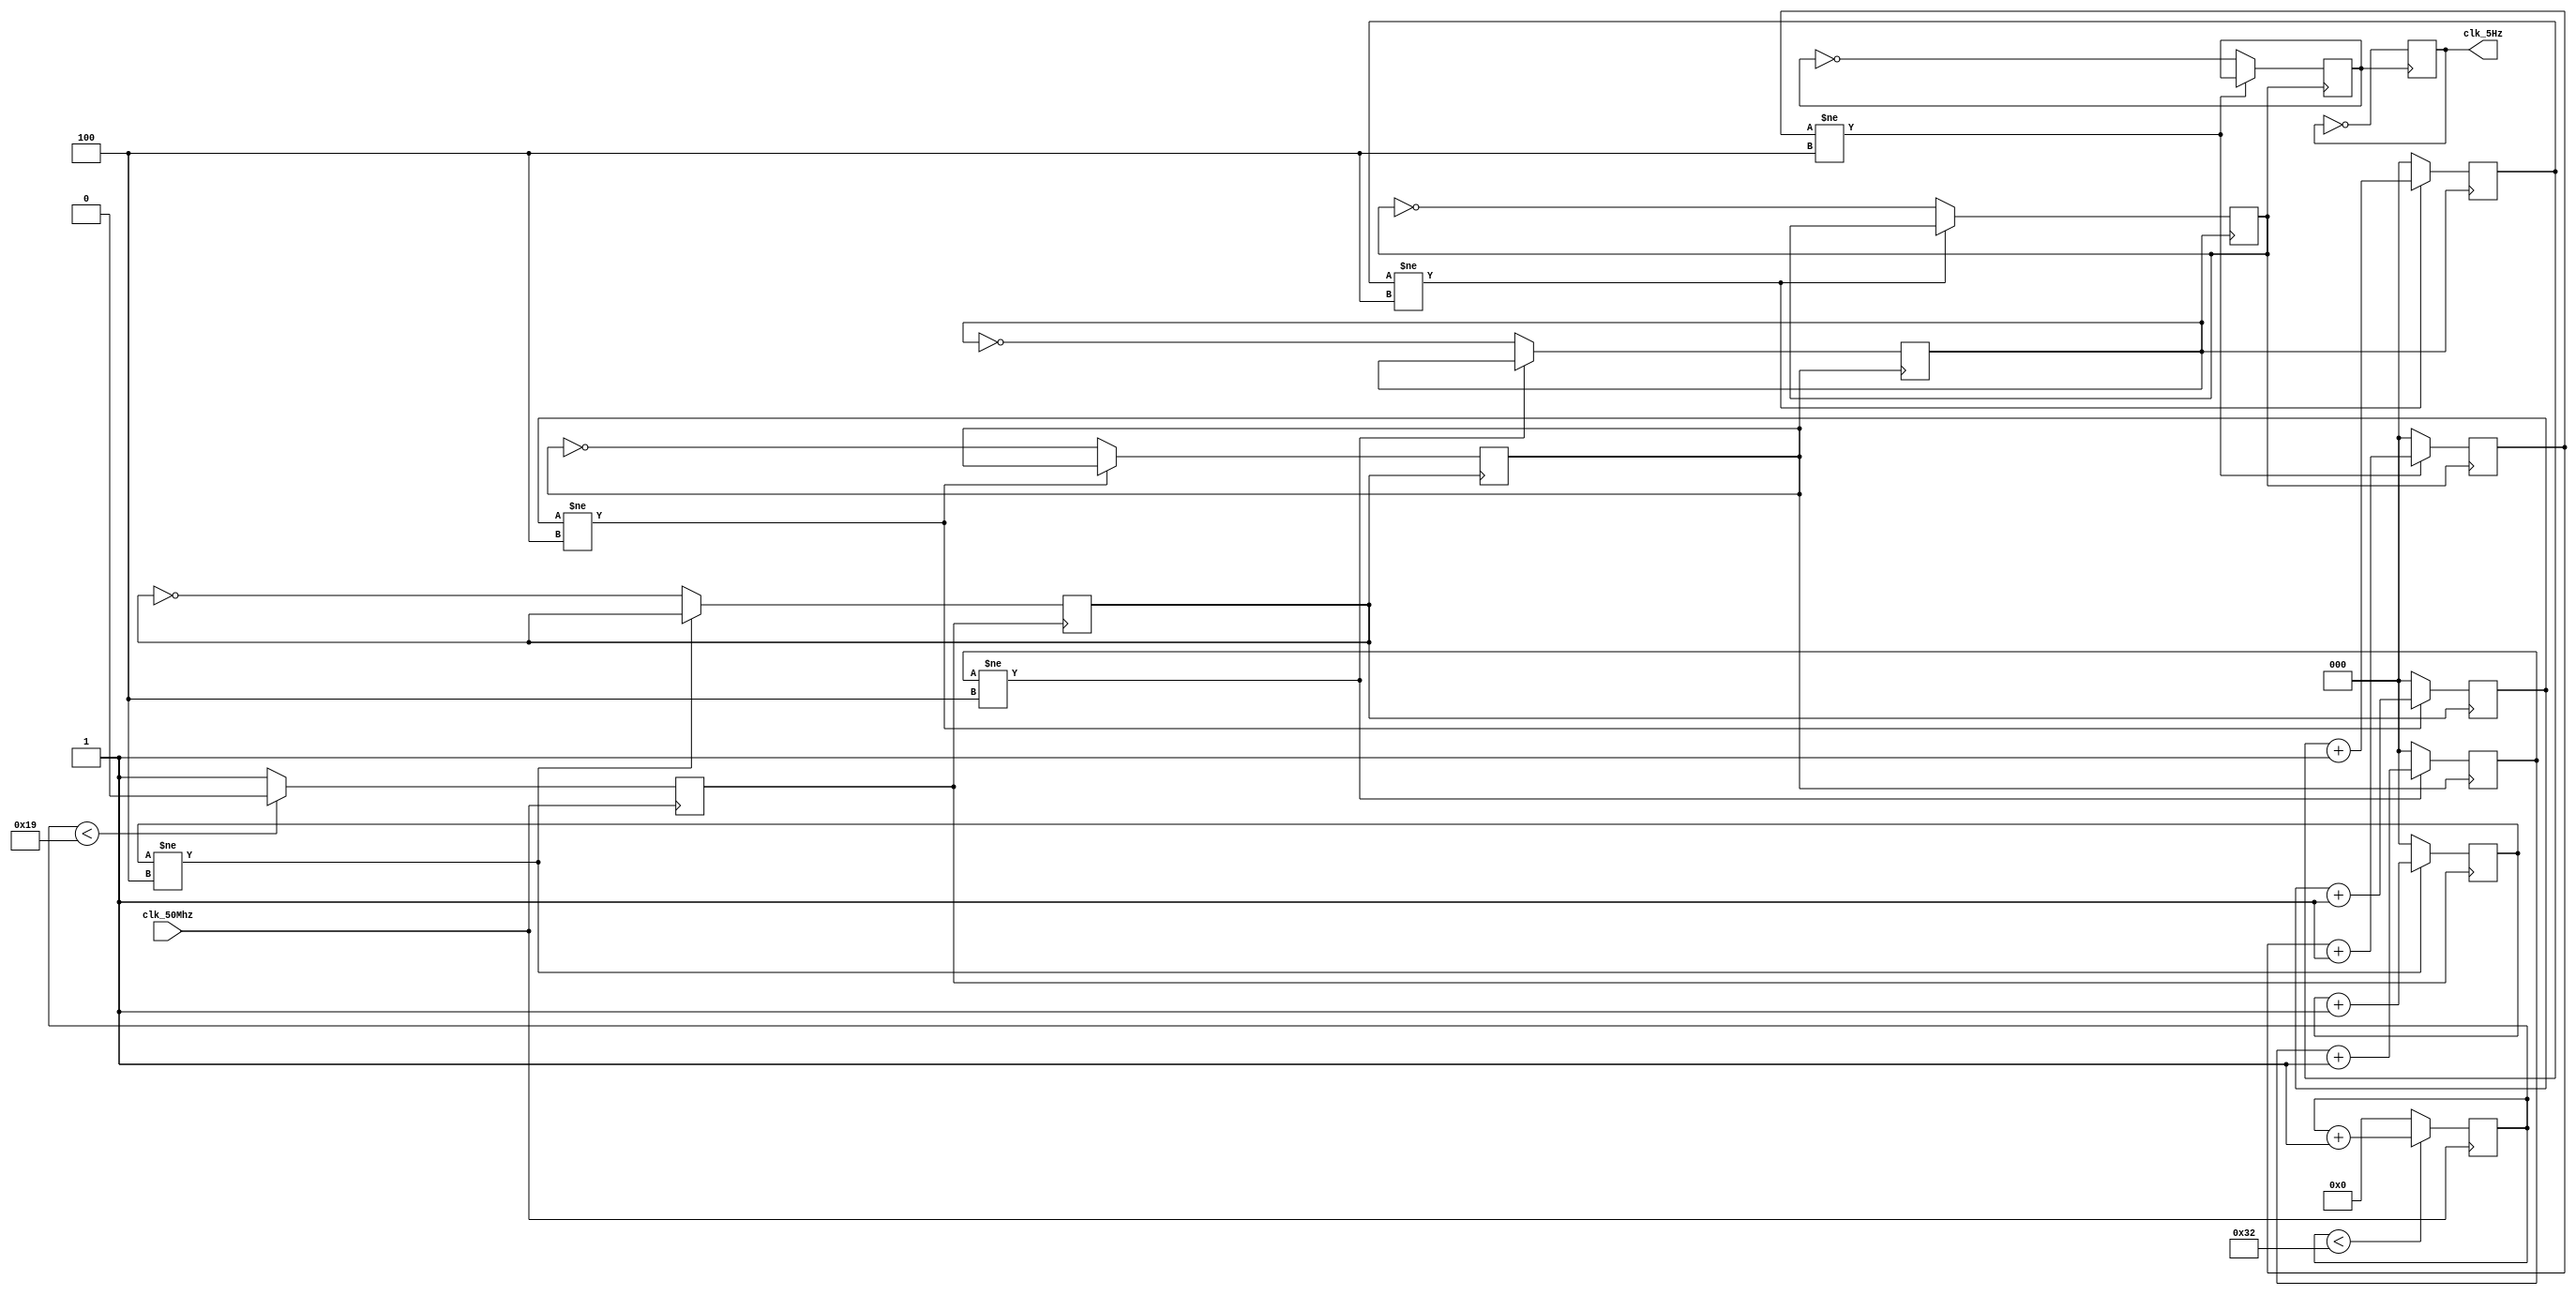
module clock_divide_module(clk_50Mhz, 
									//clk_10Mhz, 
									//clk_1Mhz, 
									//clk_100Khz, 
									//clk_10Khz, 
									//clk_1Khz//, 
									//clk_100Hz//, 
									//clk_10Hz, 
									clk_5Hz, 
									//clk_1Hz
									);
									
	input clk_50Mhz;
	//output clk_10Mhz;
 	//output clk_1Mhz;
	//output clk_100Khz;
 	//output clk_10Khz; 	
	//output clk_1Khz;
	//output clk_100Hz;
	//output clk_10Hz; 
	output clk_5Hz; 	
	//output clk_1Hz;
	
	//reg clk_10Mhz_int =0, 
	reg clk_1Mhz_int =0;
	reg clk_100Khz_int =0,	clk_10Khz_int =0,	clk_1Khz_int =0;
	reg clk_100Hz_int =0,	clk_10Hz_int =0, 	clk_5Hz_int =0, 	clk_1Hz_int =0;
	
	reg [7:0] count_1Mhz;
	reg [2:0] count_10Mhz, count_100Khz, count_10Khz, 	count_1Khz;
	reg [2:0] count_100Hz, 	count_10Hz, 	count_1Hz;
	
	//assign clk_10Mhz 	= clk_10Mhz_int;
	//assign clk_1Mhz	= clk_1Mhz_int;
	//assign clk_100Khz	= clk_100Khz_int;
	//assign clk_10Khz	= clk_10Khz_int;
	//assign clk_1Khz	= clk_1Khz_int;
	//assign clk_100Hz	= clk_100Hz_int;
	//assign clk_10Hz	= clk_10Hz_int;
	assign clk_5Hz		= clk_5Hz_int;
	//assign clk_1Hz		= clk_1Hz_int;
	
	/*Divide by 5 - 10Mhz
	always@(posedge clk_50Mhz) begin
		if (count_10Mhz < 4)
			count_10Mhz <= count_10Mhz + 3'b001;
		else 
			count_10Mhz <= 0;
		if (count_10Mhz < 2)
			clk_10Mhz_int <= 0;
		else
			clk_10Mhz_int <= 1;
		
	end
	*/
	//Divide by 50 - 1Mhz
	always@(posedge clk_50Mhz) begin
		if (count_1Mhz < 50)
			count_1Mhz <= count_1Mhz + 8'b00000001;
		else 
			count_1Mhz <= 0;
		if (count_1Mhz < 25)
			clk_1Mhz_int <= 0;
		else
			clk_1Mhz_int <= 1;
		
	end
	
	//Divide by 10 - 100Khz
	always@(posedge clk_1Mhz_int) begin
		if (count_100Khz != 4)
			count_100Khz <= count_100Khz + 3'b001;
		else begin
			count_100Khz <= 0;
			clk_100Khz_int = ~clk_100Khz_int;
		end
	end
	
	//Divide by 10 - 10Khz
	always@(posedge clk_100Khz_int) begin
		if (count_10Khz != 4)
			count_10Khz <= count_10Khz + 3'b001;
		else begin
			count_10Khz <= 0;
			clk_10Khz_int = ~clk_10Khz_int;
		end
	end
	
	//Divide by 10 - 1Khz
	always@(posedge clk_10Khz_int) begin
		if (count_1Khz != 4)
			count_1Khz <= count_1Khz + 3'b001;
		else begin
			count_1Khz <= 0;
			clk_1Khz_int = ~clk_1Khz_int;
		end
	end
	
	//Divide by 10 - 100Hz
	always@(posedge clk_1Khz_int) begin
		if (count_100Hz != 4)
			count_100Hz <= count_100Hz + 3'b001;
		else begin
			count_100Hz <= 0;
			clk_100Hz_int = ~clk_100Hz_int;
		end
	end
			
	//Divide by 10 - 10Hz
	always@(posedge clk_100Hz_int) begin
		if (count_10Hz != 4)
			count_10Hz <= count_10Hz + 3'b001;
		else begin
			count_10Hz <= 0;
			clk_10Hz_int = ~clk_10Hz_int;
		end
	end
	
		//Divide by 2 - 5Hz
	always@(posedge clk_10Hz_int) begin
		clk_5Hz_int = ~clk_5Hz_int;
	end
	
	//Divide by 10 - 1Hz
	always@(posedge clk_10Hz_int) begin
		if (count_1Hz != 4)
			count_1Hz <= count_1Hz + 3'b001;
		else begin
			count_1Hz <= 0;
			clk_1Hz_int = ~clk_1Hz_int;
		end
	end

endmodule